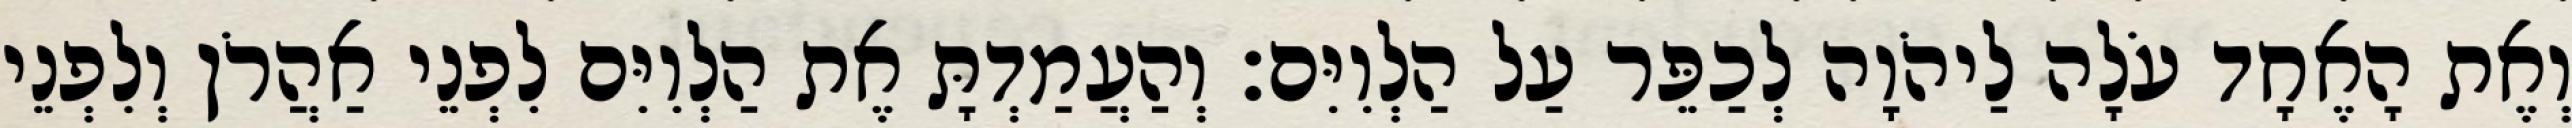
וְאֶת הָאֶחָד עֹלָה לַיהֹוָה לְכַפֵּר עַל הַלְוִיִּם׃ וְהַעֲמַדְתָּ אֶת הַלְוִיִּם לִפְנֵי אַהֲרֹן וְלִפְנֵי